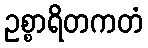
ဥစ္စာရိတကတံ